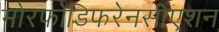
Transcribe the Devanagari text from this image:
मोरफोडिफरेनसीएशन